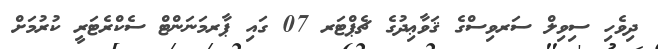
ދިވެހި ސިވިލް ސަރވިސްގެ ޤަވާޢިދުގެ ޗެޕްޓަރ 07 ގައި ޕާރމަނަންޓް ސެކްރެޓަރީ ކުރުމަށް